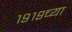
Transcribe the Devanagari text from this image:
१९१९च्या